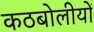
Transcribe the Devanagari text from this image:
कठबोलीयों